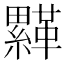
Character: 𩌺